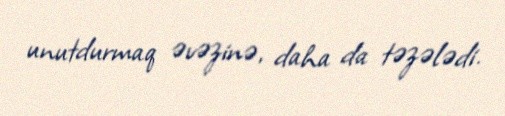
unutdurmaq əvəzinə, daha da təzələdi.